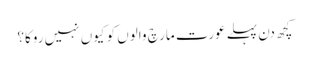
کچھ دن پہلے عورت مارچ والوں کو کیوں نہیں روکا؟